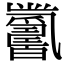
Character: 𤕋